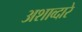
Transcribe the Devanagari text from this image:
अशाव्दारे